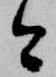
今